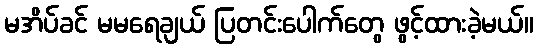
မအိပ်ခင် မမရေချယ် ပြတင်းပေါက်တွေ ဖွင့်ထားခဲ့မယ်။